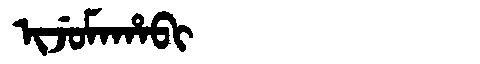
Manchu: ᡳᠵᡠᠮᠠᡥᠠᠪᡳ
Romanization: IJUMAHABI